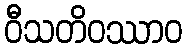
ဝီသတိဝဿာဝ